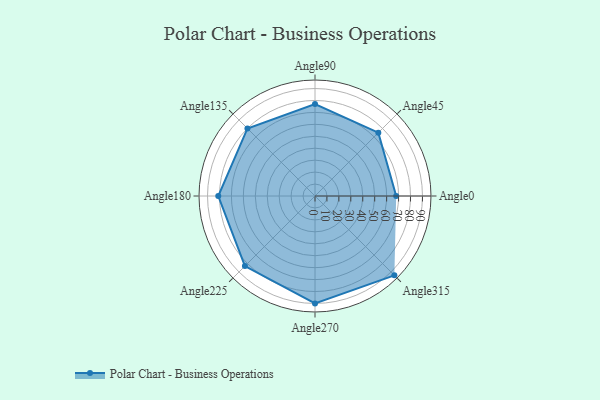
{"axis": {"x": "Angle", "y": "Radius"}, "legend": [""], "data": [{"x": "Angle0", "y": 68.0, "type": ""}, {"x": "Angle45", "y": 75.0, "type": ""}, {"x": "Angle90", "y": 77.0, "type": ""}, {"x": "Angle135", "y": 80.0, "type": ""}, {"x": "Angle180", "y": 81.0, "type": ""}, {"x": "Angle225", "y": 83.0, "type": ""}, {"x": "Angle270", "y": 90.0, "type": ""}, {"x": "Angle315", "y": 94.0, "type": ""}]}